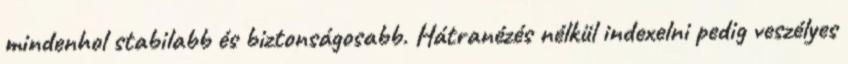
mindenhol stabilabb és biztonságosabb. Hátranézés nélkül indexelni pedig veszélyes